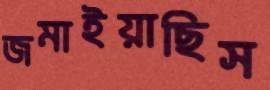
জমাইয়াছিস